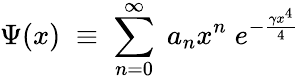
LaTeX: \Psi(x)\; \equiv\; \sum_{n=0}^{\infty}\; a_{n}x^{n}\; e^{-\frac{\gamma x^{4}}4}